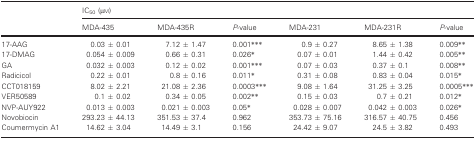
<table><thead><tr><td rowspan="2"></td><td colspan="6"><b>IC<sub>50</sub> (μm)</b></td></tr><tr><td><b>MDA‐435</b></td><td><b>MDA‐435R</b></td><td><b><i>P</i>‐value</b></td><td><b>MDA‐231</b></td><td><b>MDA‐231R</b></td><td><b><i>P</i>‐value</b></td></tr></thead><tbody><tr><td>17‐AAG</td><td>0.03 ± 0.01</td><td>7.12 ± 1.47</td><td>0.001***</td><td>0.9 ± 0.27</td><td>8.65 ± 1.38</td><td>0.009**</td></tr><tr><td>17‐DMAG</td><td>0.054 ± 0.009</td><td>0.66 ± 0.31</td><td>0.026*</td><td>0.07 ± 0.01</td><td>1.44 ± 0.42</td><td>0.005**</td></tr><tr><td>GA</td><td>0.032 ± 0.003</td><td>0.12 ± 0.02</td><td>0.001***</td><td>0.07 ± 0.03</td><td>0.37 ± 0.1</td><td>0.008**</td></tr><tr><td>Radicicol</td><td>0.22 ± 0.01</td><td>0.8 ± 0.16</td><td>0.011*</td><td>0.31 ± 0.08</td><td>0.83 ± 0.04</td><td>0.015*</td></tr><tr><td>CCT018159</td><td>8.02 ± 2.21</td><td>21.08 ± 2.36</td><td>0.0003***</td><td>9.08 ± 1.64</td><td>31.25 ± 3.25</td><td>0.0005***</td></tr><tr><td>VER50589</td><td>0.1 ± 0.02</td><td>0.34 ± 0.05</td><td>0.002**</td><td>0.15 ± 0.03</td><td>0.7 ± 0.21</td><td>0.012*</td></tr><tr><td>NVP‐AUY922</td><td>0.013 ± 0.003</td><td>0.021 ± 0.003</td><td>0.05*</td><td>0.028 ± 0.007</td><td>0.042 ± 0.003</td><td>0.026*</td></tr><tr><td>Novobiocin</td><td>293.23 ± 44.13</td><td>351.53 ± 37.4</td><td>0.962</td><td>353.73 ± 75.16</td><td>316.57 ± 40.75</td><td>0.456</td></tr><tr><td>Coumermycin A1</td><td>14.62 ± 3.04</td><td>14.49 ± 3.1</td><td>0.156</td><td>24.42 ± 9.07</td><td>24.5 ± 3.82</td><td>0.493</td></tr></tbody></table>